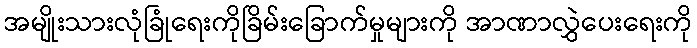
အမျိုးသားလုံခြုံရေးကိုခြိမ်းခြောက်မှုများကို အာဏာလွှဲပေးရေးကို